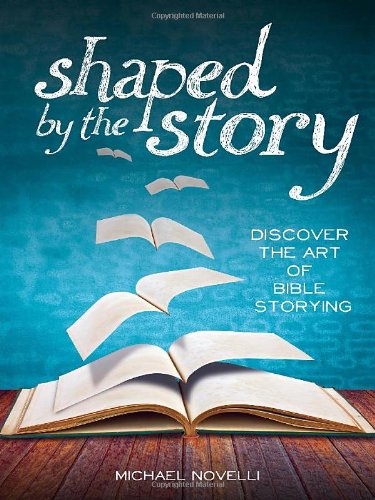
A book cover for Shaped by the Story: Discover the Art of Bible Storying; Michael Novelli; Christian Books & Bibles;